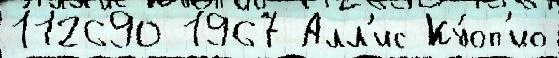
112690 1967 Алл'ис Ку́оп'ио